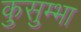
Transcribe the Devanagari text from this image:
कुसुम्भा